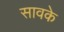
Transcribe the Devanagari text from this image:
सावके